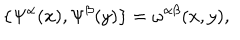
LaTeX: \{ \Psi ^ { \alpha } ( x ) , \Psi ^ { \beta } ( y ) \} = \omega ^ { \alpha \beta } ( x , y ) ,